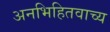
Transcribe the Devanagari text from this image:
अनभिहितवाच्य